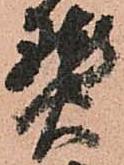
熟